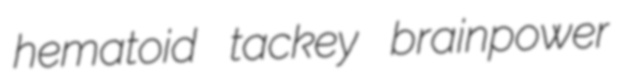
hematoid tackey brainpower